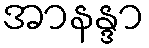
အာနန္ဒာ